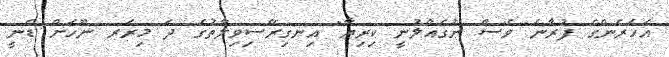
އަހަރެންގެ ފުރާނަ ވެސް ނުގެއްލުނީ ކިރިޔާ" އިނގިރޭސިވިލާތުގެ ދަ މިރަރ ނޫހަށް ޑެނީ